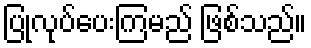
ပြုလုပ်ပေးကြမည် ဖြစ်သည်။